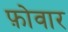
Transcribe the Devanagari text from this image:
फ़ोवार